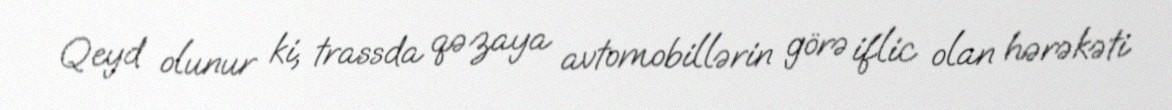
Qeyd olunur ki, trassda qəzaya avtomobillərin görə iflic olan hərəkəti